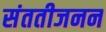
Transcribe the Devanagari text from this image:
संततीजनन